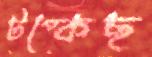
টপ্‌কেছ